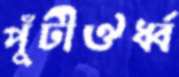
পুঁটীঔর্ধ্ব